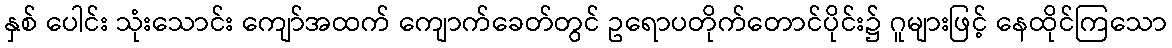
နှစ် ပေါင်း သုံးသောင်း ကျော်အထက် ကျောက်ခေတ်တွင် ဥရောပတိုက်တောင်ပိုင်း၌ ဂူများဖြင့် နေထိုင်ကြသော